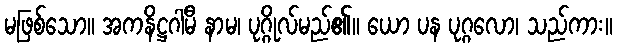
မဖြစ်သော။ အကနိဋ္ဌဂါမီ နာမ၊ ပုဂ္ဂိုလ်မည်၏။ ယော ပန ပုဂ္ဂလော၊ သည်ကား။